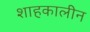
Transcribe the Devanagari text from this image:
शाहकालीन